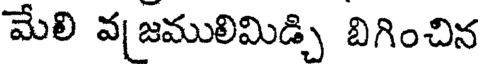
మేలి వ జములిమిడ్చి బిగించిన